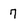
Character: 7